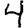
Digit: 4